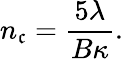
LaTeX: n_{\mathfrak{c}}=\frac{{5\lambda}}{{B\kappa}}.